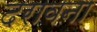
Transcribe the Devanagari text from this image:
दरावना